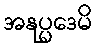
အနုပ္ပဒေမိ